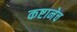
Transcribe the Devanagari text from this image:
कष्टानेच